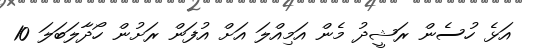
އަޅެ ހުސެން ރަޝީދު މެން އަމިއްލަ އަށް އުފަން ރަށުން ހޯދާލަބަލަ 10